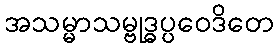
အသမ္မာသမ္ဗုဒ္ဓပ္ပဝေဒိတေ